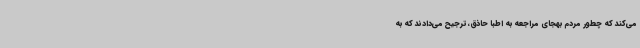
می‌کند که چطور مردم بهجای مراجعه به اطبا حاذق، ترجیح می‌دادند که به